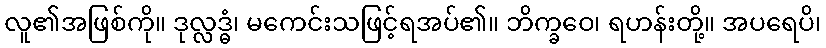
လူ၏အဖြစ်ကို။ ဒုလ္လဒ္ဓံ၊ မကေင်းသဖြင့်ရအပ်၏။ ဘိက္ခဝေ၊ ရဟန်းတို့။ အပရေပိ၊